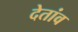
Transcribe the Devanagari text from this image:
देतांव